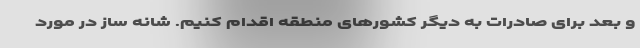
و بعد برای صادرات به دیگر کشورهای منطقه اقدام کنیم. شانه ساز در مورد